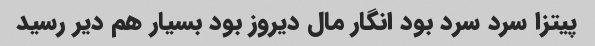
پیتزا سرد سرد بود انگار مال دیروز بود بسیار هم دیر رسید